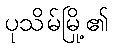
ပုသိမ်မြို့၏